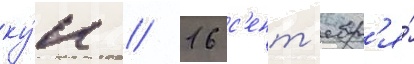
ку́н // 16 с'ент'ябр'я́